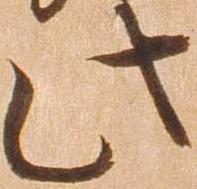
此